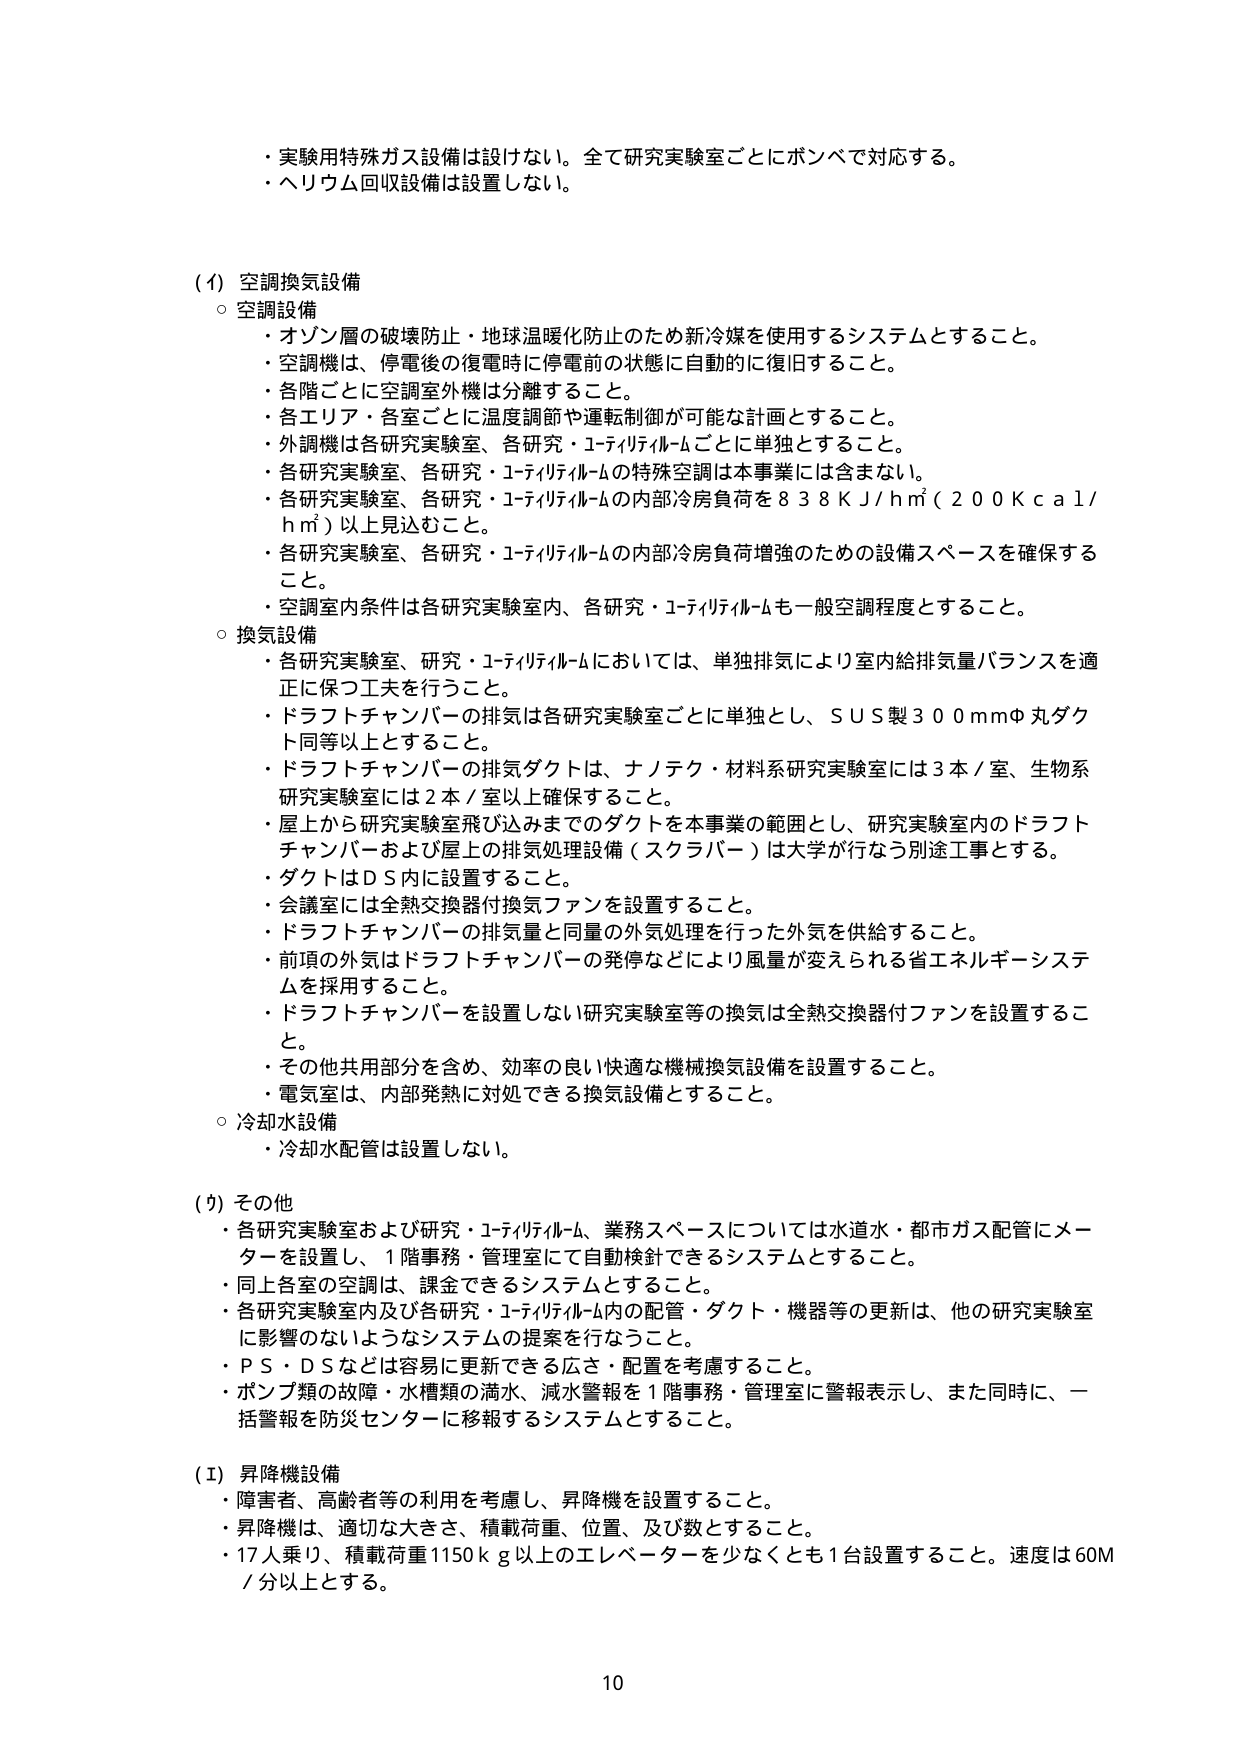
・実験用特殊ガス設備は設けない。全て研究実験室ごとにボンベで対応する。
・ヘリウム回収設備は設置しない。

（イ）空調換気設備
○ 空調設備
・オゾン層の破壊防止・地球温暖化防止のため新冷媒を使用するシステムとすること。
・空調機は、停電後の復電時に停電前の状態に自動的に復旧すること。
・各階ごとに空調室外機は分離すること。
・各エリア・各室ごとに温度調節や運転制御が可能な計画とすること。
・外調機は各研究実験室、各研究・ユーティリティルームごとに単独とすること。
・各研究実験室、各研究・ユーティリティルームの特殊空調は本事業には含まない。
・各研究実験室、各研究・ユーティリティルームの内部冷房負荷を838ＫＪ／ｈ㎡（200Ｋｃａｌ／ｈ㎡）以上見込むこと。
・各研究実験室、各研究・ユーティリティルームの内部冷房負荷増強のための設備スペースを確保すること。
・空調室内条件は各研究実験室内、各研究・ユーティリティルームも一般空調程度とすること。

○ 換気設備
・各研究実験室、研究・ユーティリティルームにおいては、単独排気により室内給排気量バランスを適正に保つ工夫を行うこと。
・ドラフトチャンバーの排気は各研究実験室ごとに単独とし、ＳＵＳ製300ｍｍΦ丸ダクト同等以上とすること。
・ドラフトチャンバーの排気ダクトは、ナノテク・材料系研究実験室には3本／室、生物系研究実験室には2本／室以上確保すること。
・屋上から研究実験室飛び込みまでのダクトを本事業の範囲とし、研究実験室内のドラフトチャンバーおよび屋上の排気処理設備（スクラバー）は大学が行なう別途工事とする。
・ダクトはＤＳ内に設置すること。
・会議室には全熱交換器付換気ファンを設置すること。
・ドラフトチャンバーの排気量と同量の外気処理を行った外気を供給すること。
・前項の外気はドラフトチャンバーの発停などにより風量が変えられる省エネルギー・システムを採用すること。
・ドラフトチャンバーを設置しない研究実験室等の換気は全熱交換器付ファンを設置すること。
・その他共用部分を含め、効率の良い快適な機械換気設備を設置すること。
・電気室は、内部発熱に対処できる換気設備とすること。

○ 冷却水設備
・冷却水配管は設置しない。

（ウ）その他
・各研究実験室および研究・ユーティリティルーム、業務スペースについては水道水・都市ガス配管にメーターを設置し、1階事務・管理室にて自動検針できるシステムとすること。
・同上各室の空調は、課金できるシステムとすること。
・各研究実験室内及び各研究・ユーティリティルーム内の配管・ダクト・機器等の更新は、他の研究実験室に影響のないようなシステムの提案を行なうこと。
・ＰＳ・ＤＳなどは容易に更新できる広さ・配置を考慮すること。
・ポンプ類の故障・水槽類の満水、減水警報を1階事務・管理室に警報表示し、また同時に、一括警報を防災センターに移報するシステムとすること。

（エ）昇降機設備
・障害者、高齢者等の利用を考慮し、昇降機を設置すること。
・昇降機は、適切な大きさ、積載荷重、位置、及び数とすること。
・17人乗り、積載荷重1150ｋｇ以上のエレベーターを少なくとも1台設置すること。速度は60Ｍ／分以上とする。

10